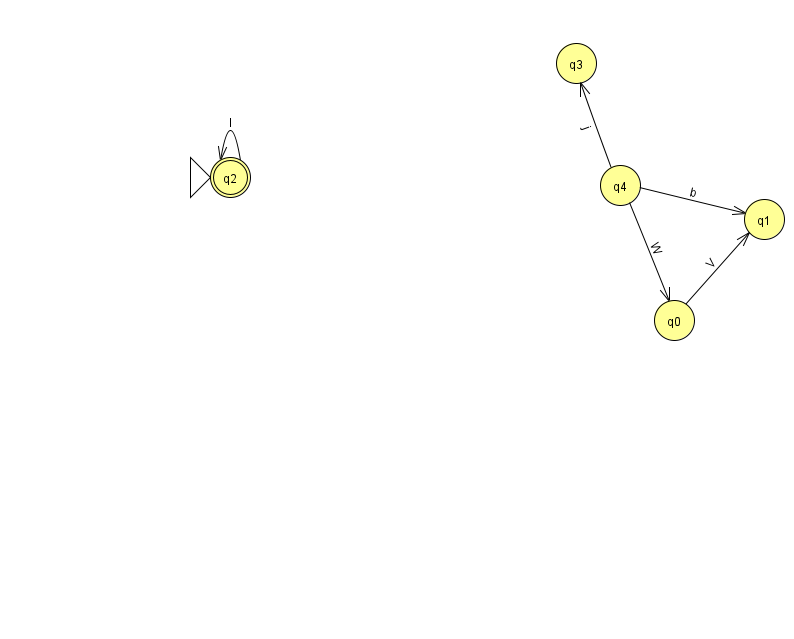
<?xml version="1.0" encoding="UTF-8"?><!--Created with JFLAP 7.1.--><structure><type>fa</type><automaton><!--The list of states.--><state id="0" name="q0"><x>674.0</x><y>307.0</y></state><state id="1" name="q1"><x>764.0</x><y>206.0</y></state><state id="2" name="q2"><x>230.0</x><y>164.0</y><initial/><final/></state><state id="3" name="q3"><x>576.0</x><y>50.0</y></state><state id="4" name="q4"><x>620.0</x><y>172.0</y></state><!--The list of transitions.--><transition><from>4</from><to>1</to><read>b</read></transition><transition><from>4</from><to>3</to><read>j</read></transition><transition><from>2</from><to>2</to><read>l</read></transition><transition><from>0</from><to>1</to><read>V</read></transition><transition><from>4</from><to>0</to><read>W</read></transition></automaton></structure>